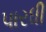
પારધી